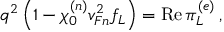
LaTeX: q ^ { 2 } \left( 1 - \chi _ { 0 } ^ { ( n ) } v _ { F n } ^ { 2 } f _ { L } \right) = \mathrm { R e } \, \pi _ { L } ^ { ( e ) } \, ,